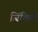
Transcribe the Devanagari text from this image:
जिंकिले